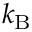
k _ { \mathrm { B } }